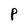
Character: P